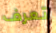
تعرف